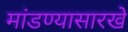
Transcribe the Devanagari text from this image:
मांडण्यासारखे